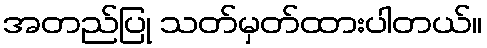
အတည်ပြု သတ်မှတ်ထားပါတယ်။